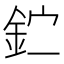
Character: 𰼣